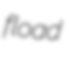
fload